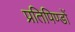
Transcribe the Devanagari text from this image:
प्रतिपिण्डों